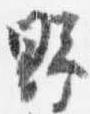
野